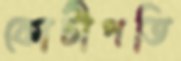
কোটীপতি